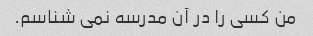
من کسی را در آن مدرسه نمی شناسم.